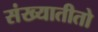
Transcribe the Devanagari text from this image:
संख्यातीतो